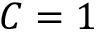
C = 1